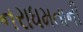
નરાધમતાની